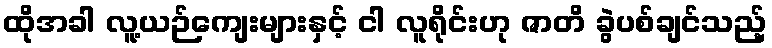
ထိုအခါ လူ့ယဉ်ကျေးများနှင့် ငါ လူရိုင်းဟု ဇာတိ ခွဲပစ်ချင်သည့်